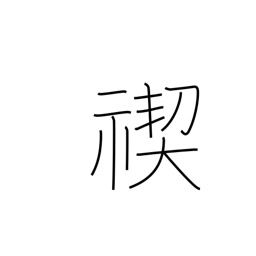
Meaning: Shinto purification ceremony